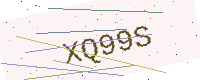
Text: XQ99S